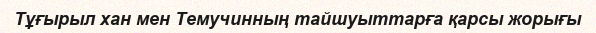
Тұғырыл хан мен Темучинның тайшуыттарға қарсы жорығы